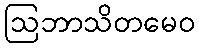
ဩဘာသိတမေဝ